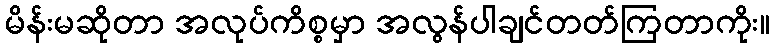
မိန်းမဆိုတာ အလုပ်ကိစ္စမှာ အလွန်ပါချင်တတ်ကြတာကိုး။